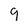
Character: 9